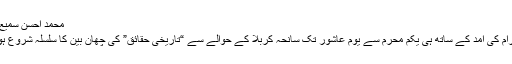
محمد احسن سمیع | مکالمہ
محرم الحرام کی آمد کے ساتھ ہی یکم محرم سے یوم عاشور تک سانحہ کربلا کے حوالے سے “تاریخی حقائق” کی چھان بین کا سلسلہ شروع ہوجاتا ہے۔